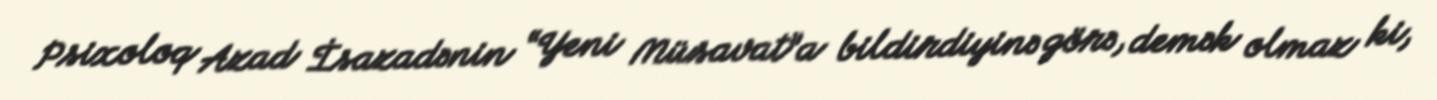
Psixoloq Azad İsazadənin “Yeni Müsavat”a bildirdiyinə görə, demək olmaz ki,